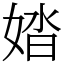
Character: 㛥